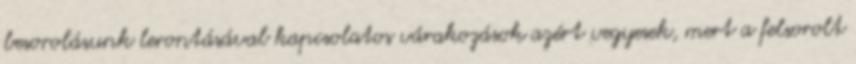
besorolásunk lerontásával kapcsolatos várakozások azért vegyesek, mert a felsorolt